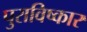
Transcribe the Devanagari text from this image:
पुराविष्कार